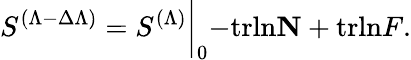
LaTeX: S^{(\Lambda-\Delta\Lambda)}=S^{(\Lambda)}\biggl\vert_{0}-\mathrm{trln}{\mathbf N}+\mathrm{trln}{\mathbf\cal F}.